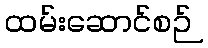
ထမ်းဆောင်စဉ်